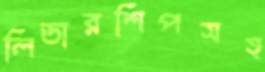
লিডারশিপসহ